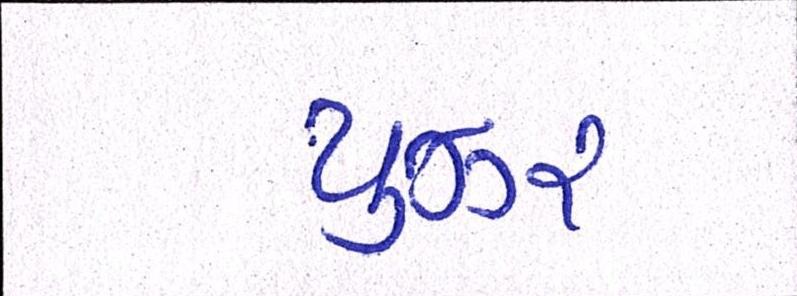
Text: યુઝર